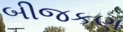
બીજકણ